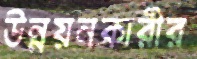
উন্নয়নকারীর